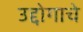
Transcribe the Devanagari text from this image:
उद्दोगाचे